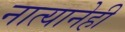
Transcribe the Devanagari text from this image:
नात्यानेही